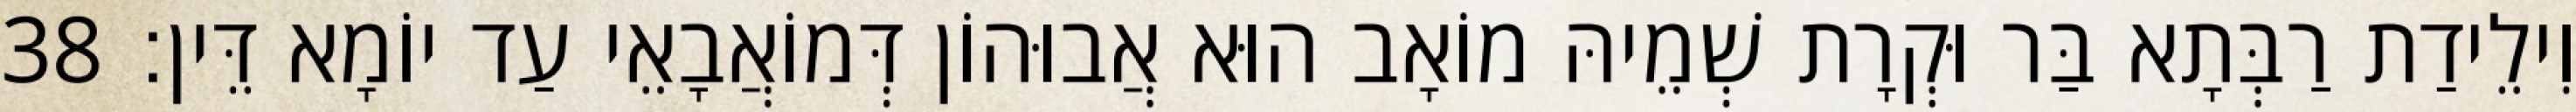
וִילֵידַת רַבְּתָא בַּר וּקְרָת שְׁמֵיהּ מוֹאָב הוּא אֲבוּהוֹן דְּמוֹאֲבָאֵי עַד יוֹמָא דֵּין׃ 38